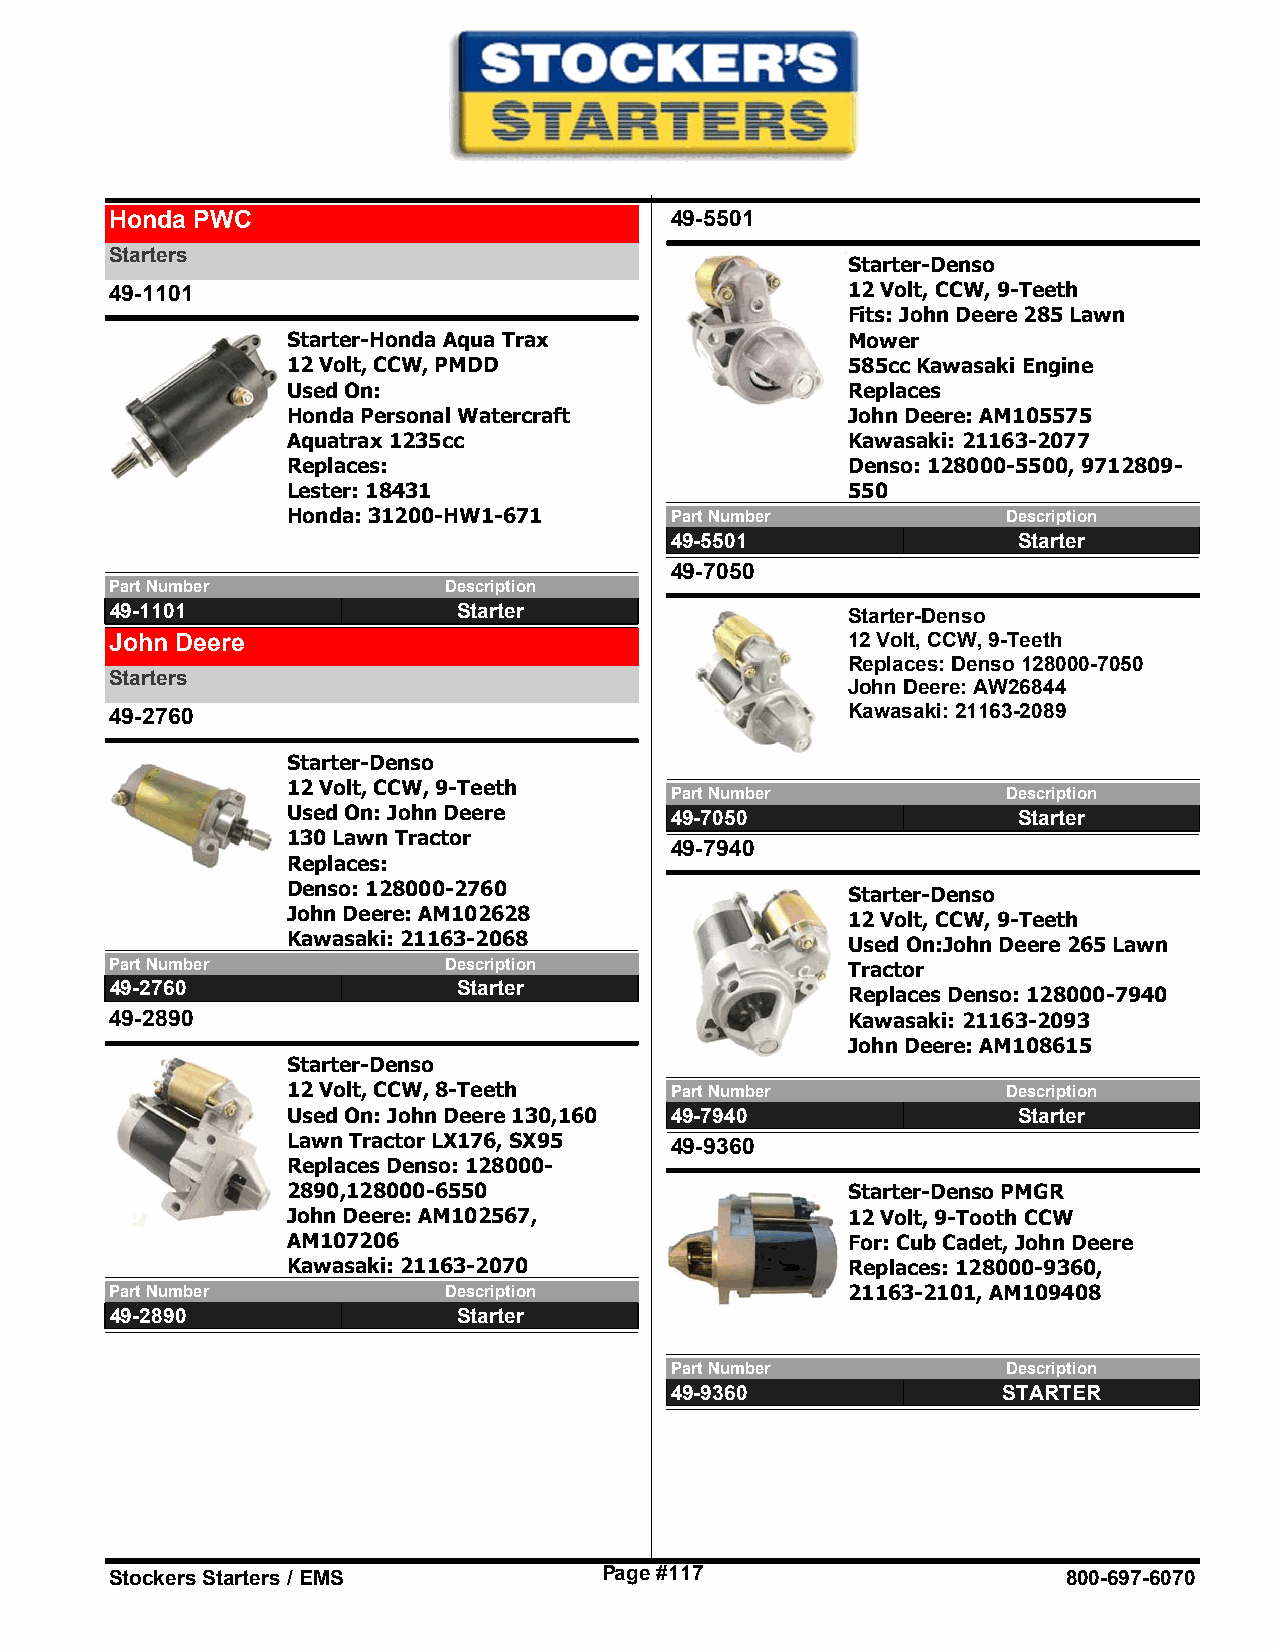
Honda PWC                            49-5501
 Starters
 Starter-Denso
 49-1101                                          12 Volt, CCW, 9-Teeth
 Fits: John Deere 285 Lawn
 Starter-Honda Aqua Trax              Mower
 12 Volt, CCW, PMDD                   585cc Kawasaki Engine
 Used On:                             Replaces
 Honda Personal Watercraft            John Deere: AM105575
 Aquatrax 1235cc                      Kawasaki: 21163-2077
 Replaces:                            Denso: 128000-5500, 9712809-
 Lester: 18431                        550
 Honda: 31200-HW1-671     Part Number            Description
 49-5501                Starter
 49-7050
 Part Number           Description
 49-1101                Starter                   Starter-Denso
 John Deere                                       12 Volt, CCW, 9-Teeth
 Replaces: Denso 128000-7050
 Starters
 John Deere: AW26844
 49-2760                                          Kawasaki: 21163-2089
 Starter-Denso
 12 Volt, CCW, 9-Teeth
 Part Number            Description
 Used On: John Deere      49-7050                Starter
 130 Lawn Tractor
 49-7940
 Replaces:
 Denso: 128000-2760
 Starter-Denso
 John Deere: AM102628
 12 Volt, CCW, 9-Teeth
 Kawasaki: 21163-2068
 Used On:John Deere 265 Lawn
 Part Number           Description                Tractor
 49-2760                Starter
 Replaces Denso: 128000-7940
 49-2890                                          Kawasaki: 21163-2093
 John Deere: AM108615
 Starter-Denso
 12 Volt, CCW, 8-Teeth    Part Number            Description
 Used On: John Deere 130,160 49-7940             Starter
 Lawn Tractor LX176, SX95 49-9360
 Replaces Denso: 128000-
 2890,128000-6550                     Starter-Denso PMGR
 John Deere: AM102567,                12 Volt, 9-Tooth CCW
 AM107206                             For: Cub Cadet, John Deere
 Kawasaki: 21163-2070                 Replaces: 128000-9360,
 Part Number           Description                21163-2101, AM109408
 49-2890                Starter
 Part Number            Description
 49-9360               STARTER
 Stockers Starters / EMS          Page #117                      800-697-6070